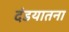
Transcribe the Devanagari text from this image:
दंडयातना